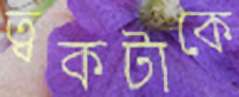
ত্বকটাকে